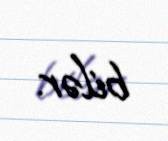
bilər.